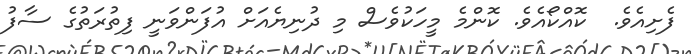
ފެށިއެވެ.  ކޮއްކޯއެވެ. ކޮންމެ މީހަކުވެސް މި ދުނިޔެއަށް އުފަންވަނީ ފިތުރަތުގެ ސާފު